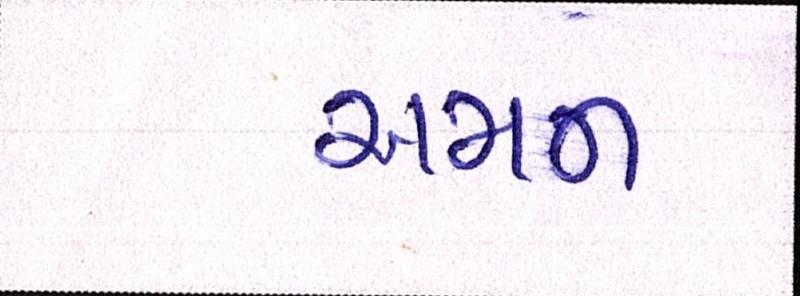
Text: અમન